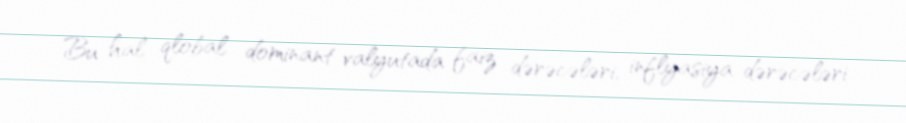
Bu hal qlobal dominant valyutada faiz dərəcələri, inflyasiya dərəcələri